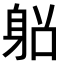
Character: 𨈴